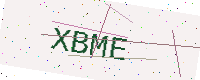
Text: XBME